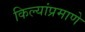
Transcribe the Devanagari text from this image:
किल्यांप्रमाणे